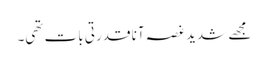
مجھے شدید غصہ آنا قدرتی بات تھی۔